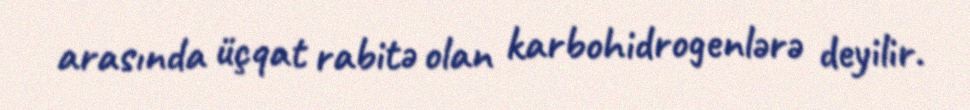
arasında üçqat rabitə olan karbohidrogenlərə deyilir.